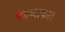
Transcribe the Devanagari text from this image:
काव्याकार